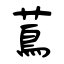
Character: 蔦